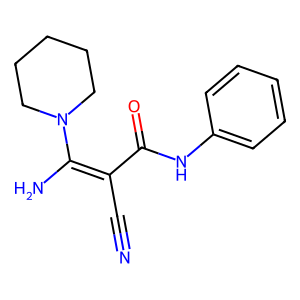
SMILES: N#CC(C(=O)Nc1ccccc1)=C(N)N1CCCCC1
Inhibits HIV replication: No